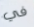
في